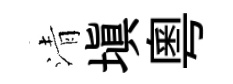
清塡粤